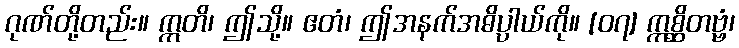
ဂုဏ်တို့တည်း။ ဣတိ၊ ဤသို့။ ဧတံ၊ ဤအနက်အဓိပ္ပါယ်ကို။ [၀၇] ဣစ္ဆိတဗ္ဗံ၊